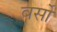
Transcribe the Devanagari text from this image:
वर्सो